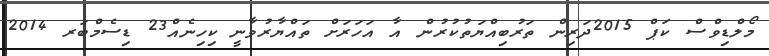
މޯލްޑިވްސް ކަޕް 2015ދަރިން ތަރުބިއްޔަތުކުރުން އާ އަހަރަށް ތައްޔާރުވާނީ ކިހިނެއް23 ޑިސެމްބަރ 2014